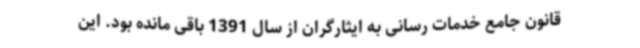
قانون جامع خدمات رسانی به ایثارگران از سال 1391 باقی مانده بود. این